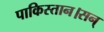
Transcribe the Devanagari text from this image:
पाकिस्तान।सन्